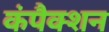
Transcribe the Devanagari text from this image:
कंपैक्शन